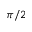
\pi / 2